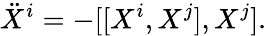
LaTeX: \ddot{X}^{i}=-[[X^{i},X^{j}],X^{j}].